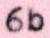
6b